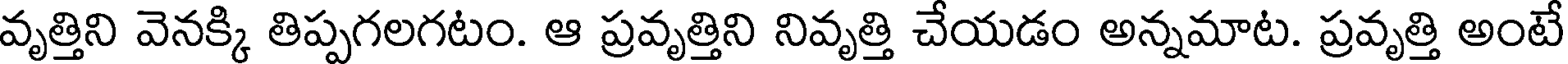
వృత్తిని వెనక్కి తిప్పగలగటం. ఆ ప్రవృత్తిని నివృత్తి చేయడం అన్నమాట. ప్రవృత్తి అంటే